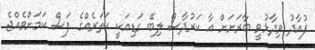
ފުއާދު ވިދާޅުވީ ބާރަށަށް އާ ކަރުދާސް ލިބޭ ގަޑިއަކީ ހަތަރެއްގެ ފަސް ކަމަށްވެއްޖެ